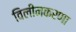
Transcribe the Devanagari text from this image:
विलीनकरणा